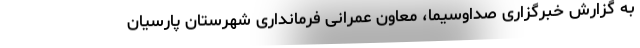
به گزارش خبرگزاری صداوسیما، معاون عمرانی فرمانداری شهرستان پارسیان